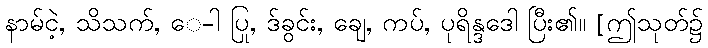
နာမ်ငဲ့, သိသက်, ေ-ါ ပြု, ဒ်ခွင်း, ချေ, ကပ်, ပုရိန္ဒဒေါ ပြီး၏။ [ဤသုတ်၌